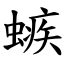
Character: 螏